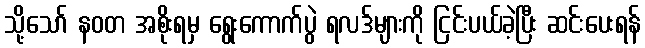
သို့သော် နဝတ အစိုးရမှ ရွေးကောက်ပွဲ ရလဒ်များကို ငြင်းပယ်ခဲ့ပြီး ဆင်းပေးရန်